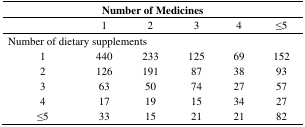
| <COLSPAN=6> Number of Medicines |
 | --- | --- | --- | --- | --- | --- |
 |  | 1 | 2 | 3 | 4 | ≤5 |
 | <COLSPAN=6> Number of dietary supplements |
 | 1 | 440 | 233 | 125 | 69 | 152 |
 | 2 | 126 | 191 | 87 | 38 | 93 |
 | 3 | 63 | 50 | 74 | 27 | 57 |
 | 4 | 17 | 19 | 15 | 34 | 27 |
 | ≤5 | 33 | 15 | 21 | 21 | 82 |